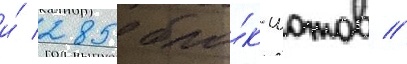
и́ 285 бло́к-шотов //